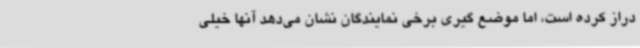
دراز کرده است، اما موضع گیری برخی نمایندگان نشان می‌دهد آنها خیلی